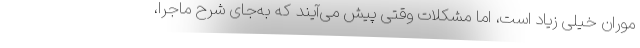
موران خیلی زیاد است، اما مشکلات وقتی پیش می‌آیند که به‌جای شرح ماجرا،